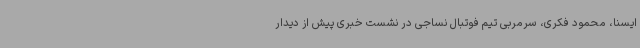
ایسنا، محمود فکری، سرمربی تیم فوتبال نساجی در نشست خبری پیش از دیدار